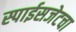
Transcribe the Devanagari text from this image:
स्पाईसजेटचा